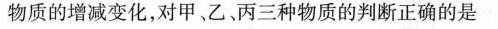
物质的增减变化，对甲、乙丙三种物质的判断正确的是